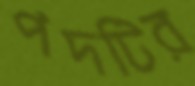
পদটির